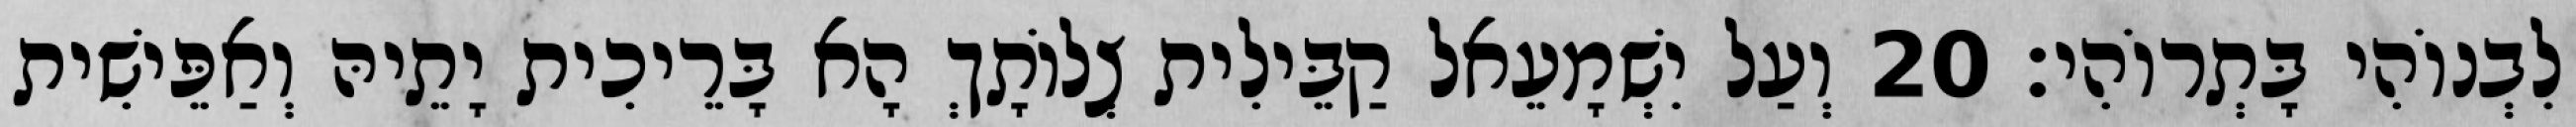
לִבְנוֹהִי בָּתְרוֹהִי׃ 20 וְעַל יִשְׁמָעֵאל קַבֵּילִית צְלוֹתָךְ הָא בָּרֵיכִית יָתֵיהּ וְאַפֵּישִׁית